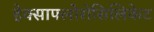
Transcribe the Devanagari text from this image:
हेक्साफ्लोरोसिलिकेट